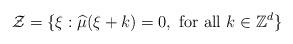
LaTeX: \begin{align*}{\mathcal Z} = \{\xi: \widehat{\mu}(\xi+k)=0, \ \mbox{for all} \ k\in{\mathbb Z}^d\}\end{align*}